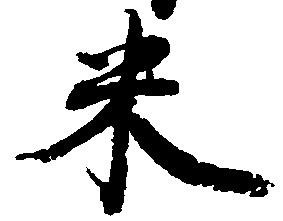
米